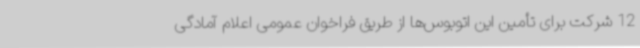
12 شرکت برای تأمین این اتوبوس‌ها از طریق فراخوان عمومی اعلام آمادگی